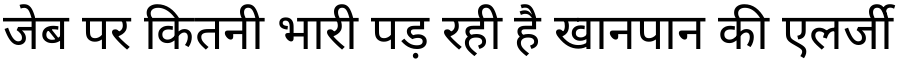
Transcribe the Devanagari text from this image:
जेब पर कितनी भारी पड़ रही है खानपान की एलर्जी